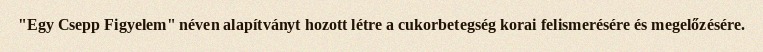
"Egy Csepp Figyelem" néven alapítványt hozott létre a cukorbetegség korai felismerésére és megelőzésére.